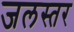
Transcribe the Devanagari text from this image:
जलस्‍तर